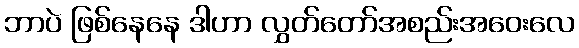
ဘာပဲ ဖြစ်နေနေ ဒါဟာ လွှတ်တော်အစည်းအဝေးလေ